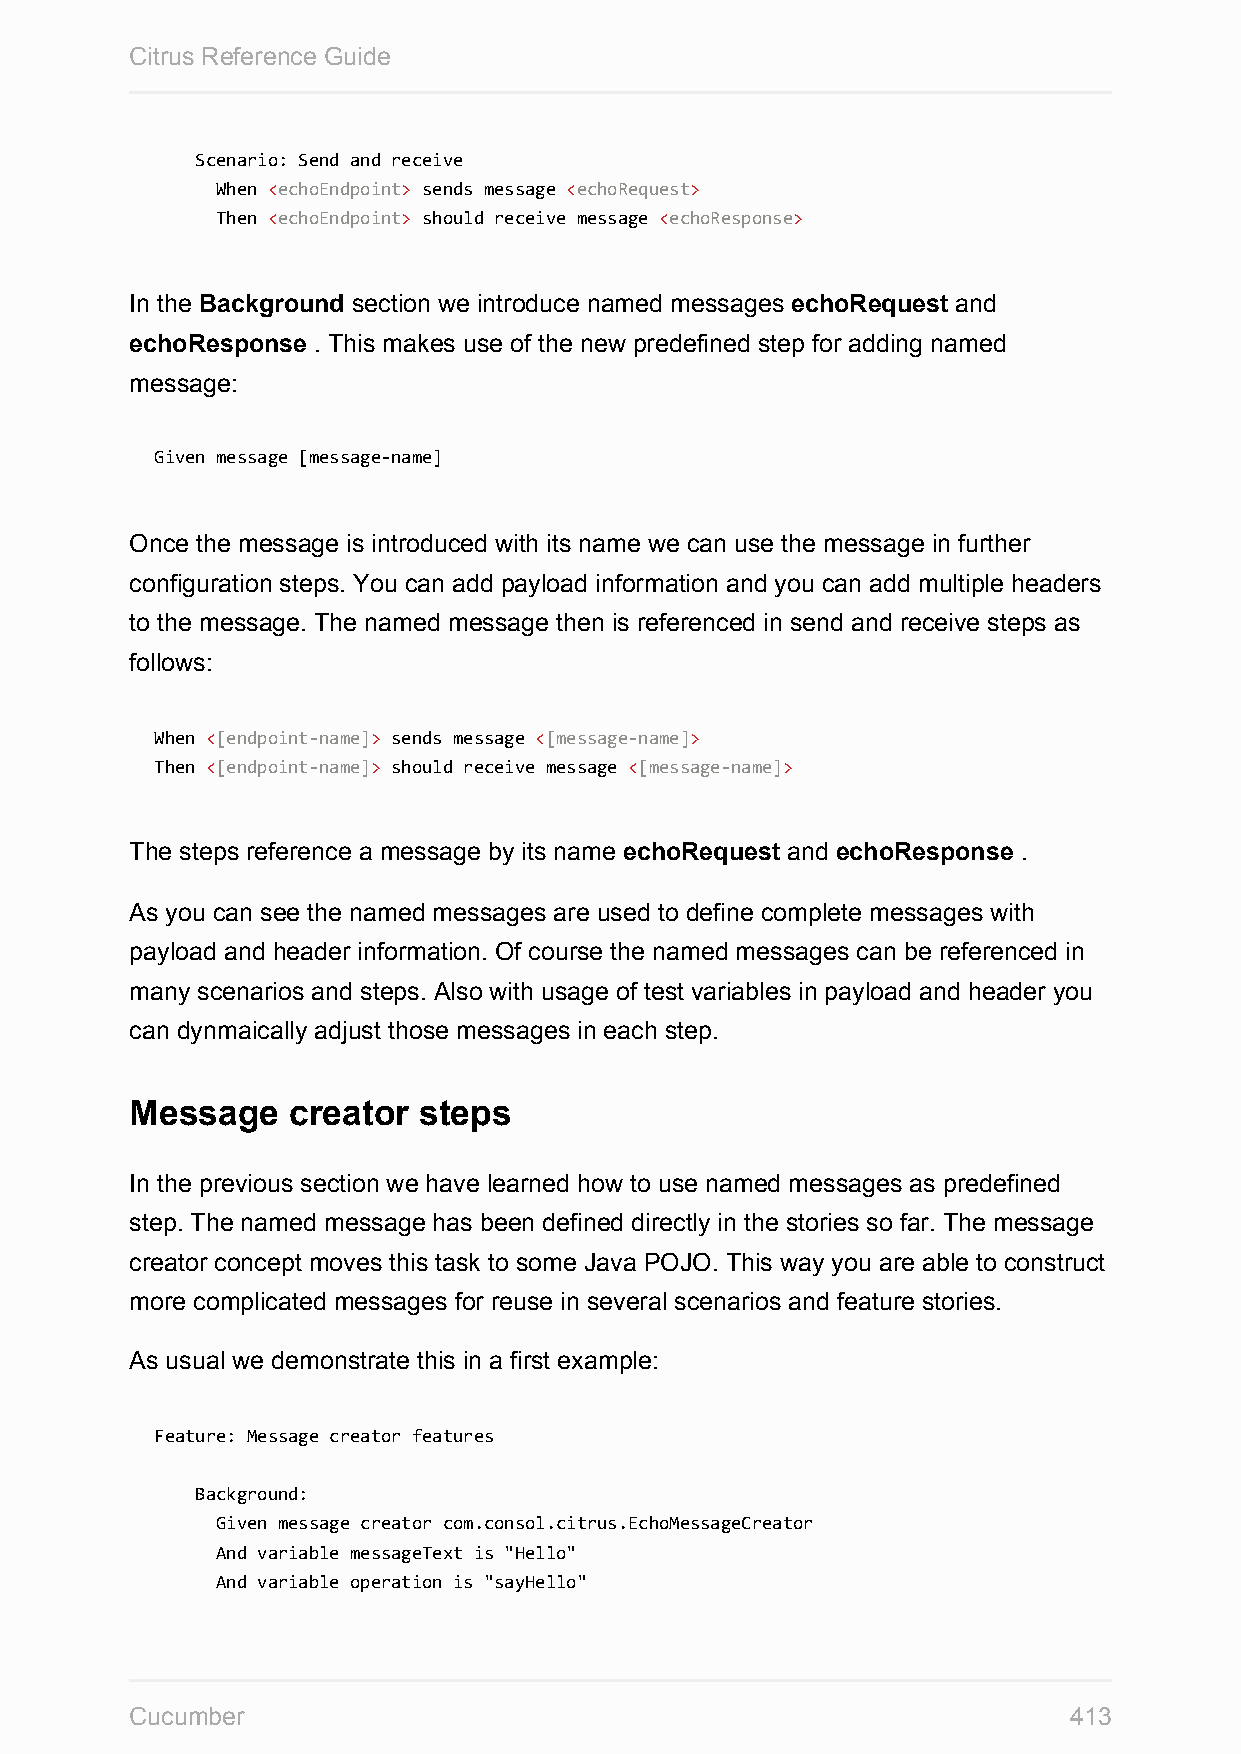
Citrus Reference Guide
 Scenario: Send and receive
 When <echoEndpoint> sends message <echoRequest>
 Then <echoEndpoint> should receive message <echoResponse>
 In the Background section we introduce named messages echoRequest and
 echoResponse . This makes use of the new predefined step for adding named
 message:
 Given message [message-name]
 Once the message is introduced with its name we can use the message in further
 configuration steps. You can add payload information and you can add multiple headers
 to the message. The named message then is referenced in send and receive steps as
 follows:
 When <[endpoint-name]> sends message <[message-name]>
 Then <[endpoint-name]> should receive message <[message-name]>
 The steps reference a message by its name echoRequest and echoResponse .
 As you can see the named messages are used to define complete messages with
 payload and header information. Of course the named messages can be referenced in
 many scenarios and steps. Also with usage of test variables in payload and header you
 can dynmaically adjust those messages in each step.
 Message   creator  steps
 In the previous section we have learned how to use named messages as predefined
 step. The named message has been defined directly in the stories so far. The message
 creator concept moves this task to some Java POJO. This way you are able to construct
 more complicated messages for reuse in several scenarios and feature stories.
 As usual we demonstrate this in a first example:
 Feature: Message creator features
 Background:
 Given message creator com.consol.citrus.EchoMessageCreator
 And variable messageText is "Hello"
 And variable operation is "sayHello"
 Cucumber                                                      413